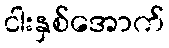
ငါးနှစ်အောက်